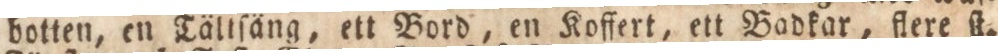
botten, en Tällſäng, ett Bord, en Koffert, ett Badkar, flere ſt.